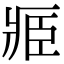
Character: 𮍎